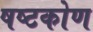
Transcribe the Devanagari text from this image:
षष्टकोण